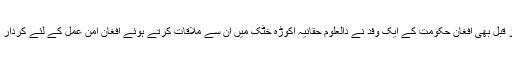
جبکہ شہادت سے چند روز قبل بھی افغان حکومت کے ایک وفد نے دالعلوم حقانیہ اکوڑہ خٹک میں ان سے ملاقات کرتے ہوئے افغان امن عمل کے لئے کردار ادا کرنے کی اپیل کی تھی۔